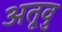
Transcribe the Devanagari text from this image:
अतूवु